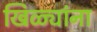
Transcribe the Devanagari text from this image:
खिळ्यांना